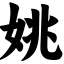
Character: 姚